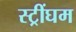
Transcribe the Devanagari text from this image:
स्ट्रींघम